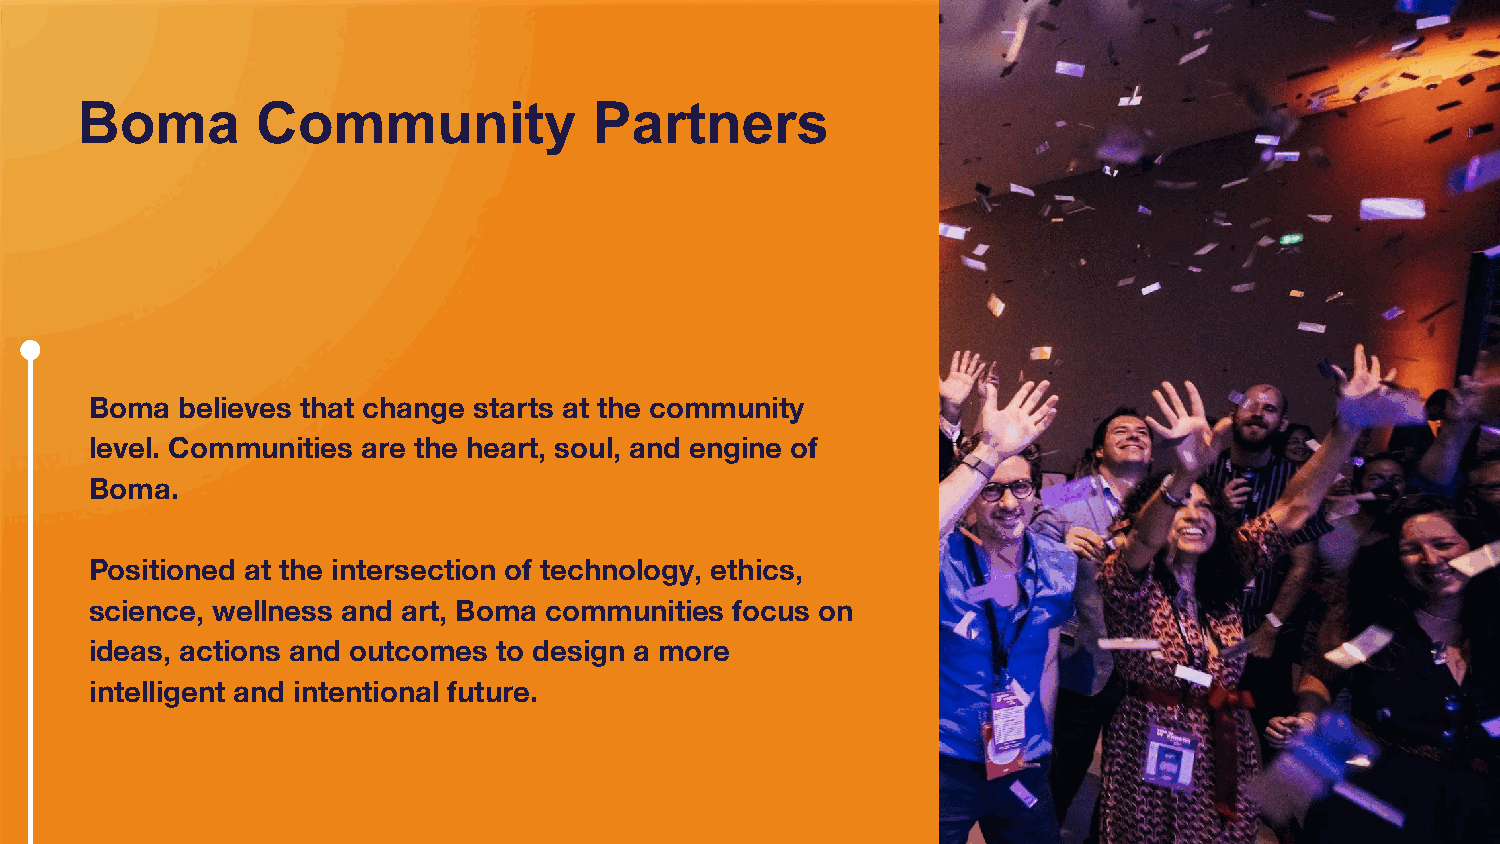
Boma        Community             Partners
 Boma  believes that change starts at the community
 level. Communities are the heart, soul, and engine of
 Boma.
 Positioned at the intersection of technology, ethics,
 science, wellness and art, Boma communities focus on
 ideas, actions and outcomes to design a more
 intelligent and intentional future.